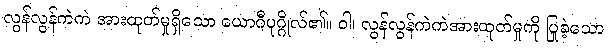
လွန်လွန်ကဲကဲ အားထုတ်မှုရှိသော ယောဂီပုဂ္ဂိုလ်၏။ ဝါ၊ လွန်လွန်ကဲကဲအားထုတ်မှုကို ပြုခဲ့သော